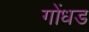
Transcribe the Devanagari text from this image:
गोंधड